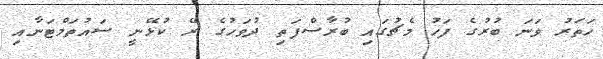
ހަތަރު ވަނަ ބުރުގެ ފަހު މެޗުގައި ބުރާސްފަތި ދުވަހުގެ ރޭ ކުޅޭނީ ސައުތަމްޓަނާއި